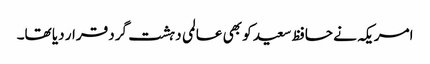
امریکہ نے حافظ سعید کو بھی عالمی دہشت گرد قرار دیا تھا۔